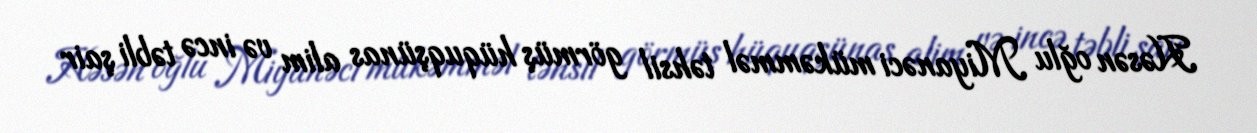
Həsən oğlu Miyanəci mükəmməl təhsil görmüş hüquqşünas alim və incə təbli şair